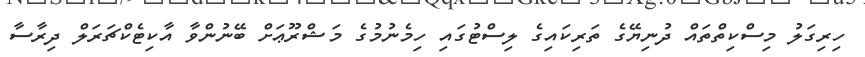
ހިރިގަލު މިސްކިތްތައް ދުނިޔޭގެ ތަރިކައިގެ ލިސްޓުގައި ހިމެނުމުގެ މަޝްރޫޢަށް ބޭނުންވާ އާކިޓެކްޗަރަލް ދިރާސާ